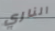
الناري